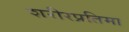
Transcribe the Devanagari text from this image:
शरीरप्रतिमा